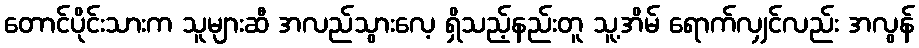
တောင်ပိုင်းသားက သူများဆီ အလည်သွားလေ့ ရှိသည့်နည်းတူ သူ့အိမ် ရောက်လျှင်လည်း အလွန်